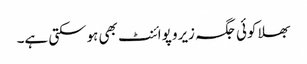
بھلا کوئی جگہ زیرو پوائنٹ بھی ہوسکتی ہے۔